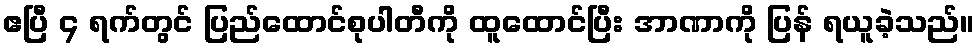
ဧပြီ ၄ ရက်တွင် ပြည်ထောင်စုပါတီကို ထူထောင်ပြီး အာဏာကို ပြန် ရယူခဲ့သည်။